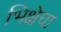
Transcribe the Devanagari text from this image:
भिक्षेचा